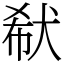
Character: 㹷